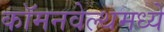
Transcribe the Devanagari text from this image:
कॉमनवेल्थमध्ये